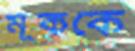
মূককে